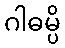
ဂါဓမ္ပိ